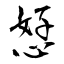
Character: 恏